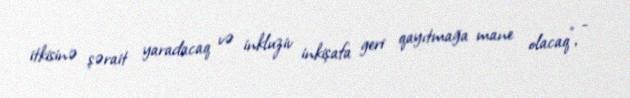
itkisinə şərait yaradacaq və inkluziv inkişafa geri qayıtmağa mane olacaq”, -